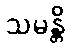
သမန္တိ